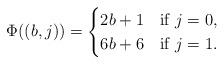
LaTeX: \begin{align*}\Phi((b,j))=\begin{cases}2b+1 \quad{\rm if}\; j=0,\\6b+6 \quad{\rm if}\; j=1.\end{cases}\end{align*}